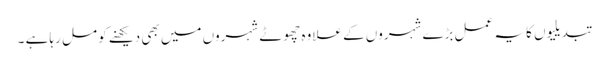
تبدیلیوں کا یہ عمل بڑے شہروں کے علاوہ چھوٹے شہروں میں بھی دیکھنے کو مل رہا ہے ۔